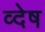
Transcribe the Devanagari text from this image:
व्देष